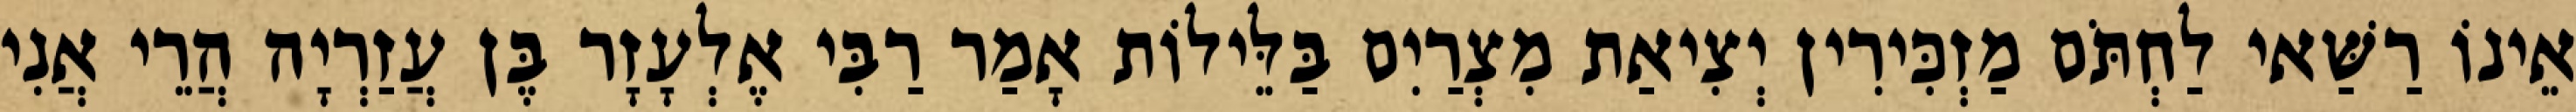
אֵינוֹ רַשַּׁאי לַחְתֹּם מַזְכִּירִין יְצִיאַת מִצְרַיִם בַּלֵּילוֹת אָמַר רַבִּי אֶלְעָזָר בֶּן עֲזַרְיָה הֲרֵי אֲנִי